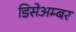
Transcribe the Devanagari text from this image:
डिसेअम्बर